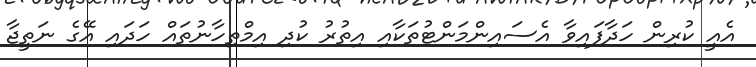
އެއީ ކުރިން ހަދާފައިވާ އެސައިންމަންޓުތަކާއި އިތުރު ކުދި އިމްތިހާނުތައް ހަދައި އޭގެ ނަތީޖާ